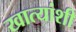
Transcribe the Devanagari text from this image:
खात्यांशी